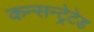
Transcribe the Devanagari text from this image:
कन्सन्ट्रेटेड